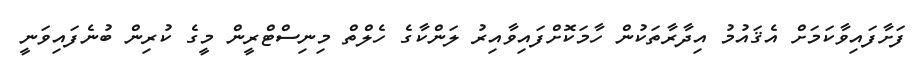
ފަށާފައިވާކަމަށް އެޤައުމު އިދާރާތަކުން ހާމަކޮށްފައިވާއިރު ލަންކާގެ ހެލްތް މިނިސްޓްރީން މީގެ ކުރިން ބުނެފައިވަނީ